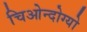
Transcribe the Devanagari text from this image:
चिओन्दोग्यो